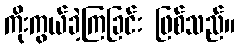
ကိုးကွယ်ခဲ့ကြခြင်း ဖြစ်သည်။